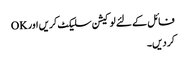
فائل کے لئے لوکیشن سلیکٹ کریں اور OK
کر دیں۔